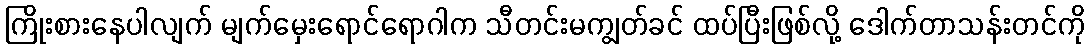
ကြိုးစားနေပါလျက် မျက်မှေးရောင်ရောဂါက သီတင်းမကျွတ်ခင် ထပ်ပြီးဖြစ်လို့ ဒေါက်တာသန်းတင်ကို